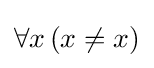
\forall x\,(x\not =x)